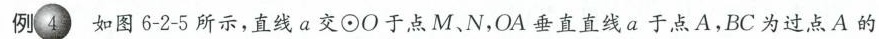
例4如图6-2-5所示，直线a交⊙O于点M、N，OA垂直直线a于点A，BC为过点A的